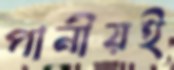
পানীয়ই